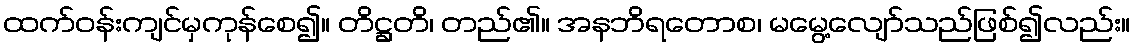
ထက်ဝန်းကျင်မှကုန်စေ၍။ တိဋ္ဌတိ၊ တည်၏။ အနဘိရတောစ၊ မမွေ့လျော်သည်ဖြစ်၍လည်း။